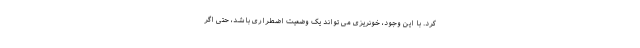
کرد. با این وجود، خونریزی می تواند یک وضعیت اضطراری باشد، حتی اگر